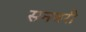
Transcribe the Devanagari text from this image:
सनबरी